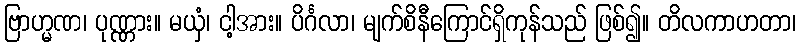
ဗြာဟ္မဏ၊ ပုဏ္ဏား။ မယှံ၊ ငါ့အား။ ပိင်္ဂလာ၊ မျက်စိနီကြောင်ရှိကုန်သည် ဖြစ်၍။ တိလကာဟတာ၊